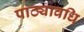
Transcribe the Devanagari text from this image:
पाठ्यावधि